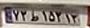
۷۲ط۱۵۳۱۳